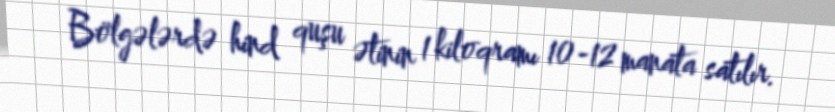
Bölgələrdə hind quşu ətinin 1 kiloqramı 10-12 manata satılır.